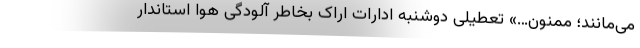
می‌مانند؛ ممنون…» تعطیلی دوشنبه ادارات اراک بخاطر آلودگی هوا استاندار